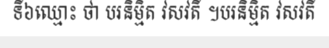
ទី៦ឈ្មោះ ថា បរនិម្មិត វសវតី ។បរនិម្មិត វសវតី